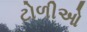
ટોળીઓ